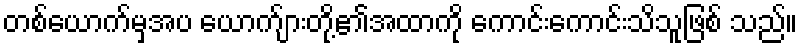
တစ်ယောက်မှအပ ယောက်ျားတို့၏အထာကို ကောင်းကောင်းသိသူဖြစ် သည်။